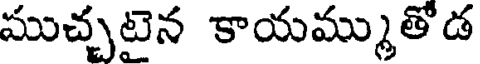
ముచ్చటెన కాయమ్ముతోడ